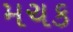
મચક